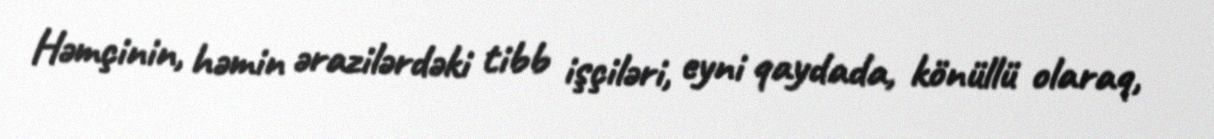
Həmçinin, həmin ərazilərdəki tibb işçiləri, eyni qaydada, könüllü olaraq,